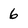
Character: 6